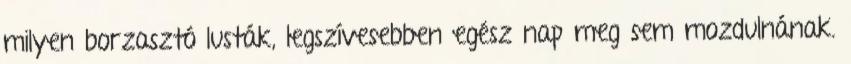
milyen borzasztó lusták, legszívesebben egész nap meg sem mozdulnának.